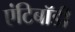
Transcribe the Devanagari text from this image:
एंटिबॉडी